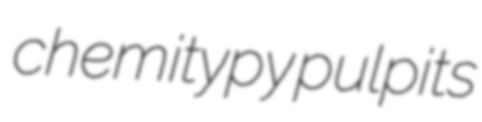
chemitypy pulpits